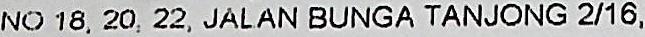
NO 18, 20, 22, JALAN BUNGA TANJONG 2/16,